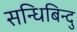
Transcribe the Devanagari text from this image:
सन्धिबिन्दु